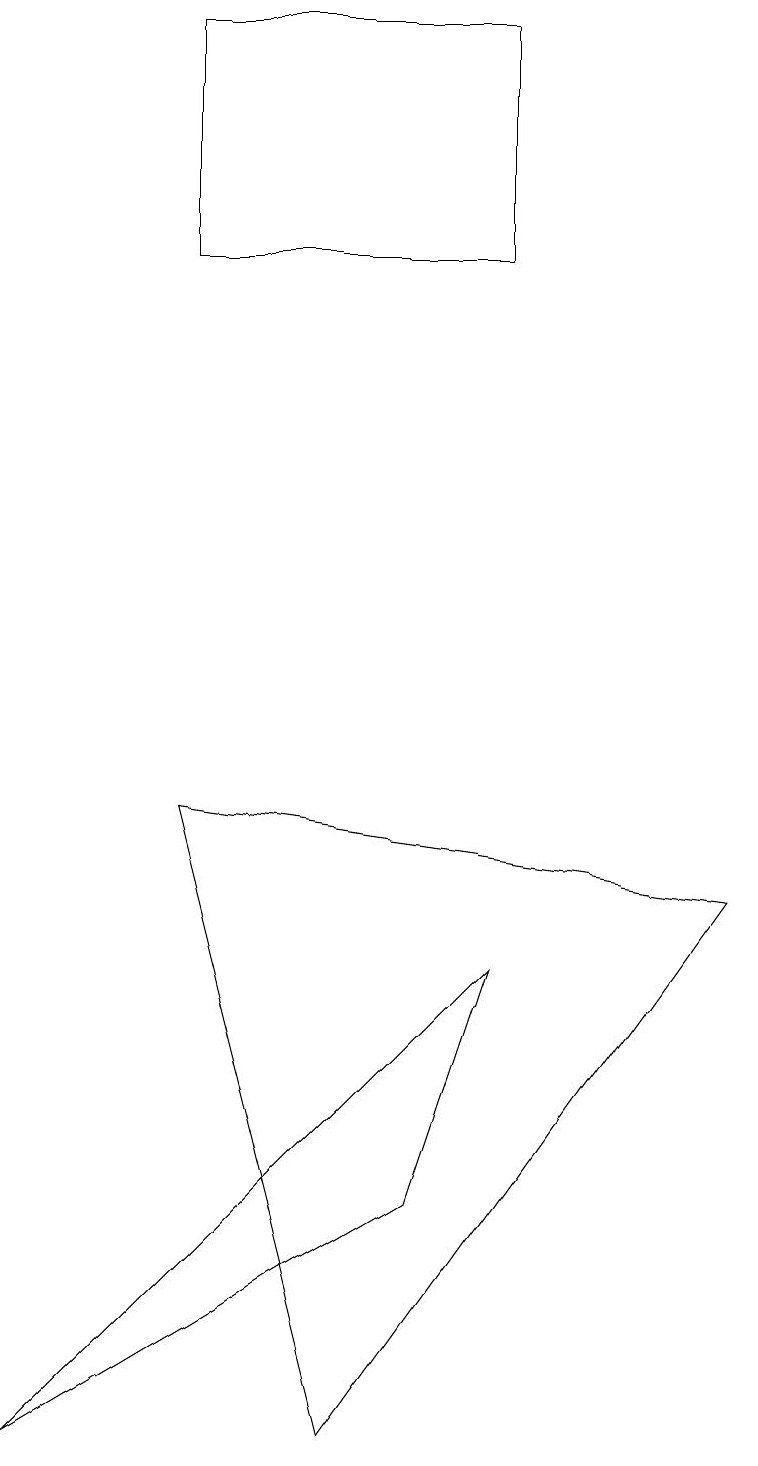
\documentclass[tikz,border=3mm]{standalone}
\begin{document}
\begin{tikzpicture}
\draw (6,18) rectangle (2,15);
\draw (2,8) -- (9,7) -- (4,0) -- cycle;
\draw (6,6) -- (0,0) -- (5,3) -- cycle;
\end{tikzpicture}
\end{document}